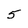
Character: 5